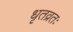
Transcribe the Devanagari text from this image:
धृतव्रतः